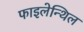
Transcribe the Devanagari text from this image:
फाइलेन्थिल